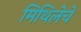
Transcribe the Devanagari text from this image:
मिथिलेचे